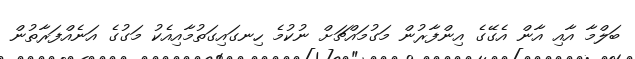
ބަލްމާ އާއި އާން އެގޭގެ އިންފާރުން މަގުމައްޗަށް ނުކުމެ ހިނގައިގަތުމާއިއެކު މަގުގެ އަނެއްފަރާތުން